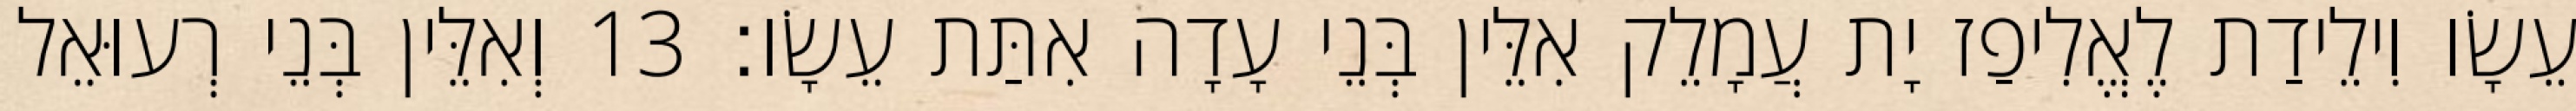
עֵשָׂו וִילֵידַת לֶאֱלִיפַז יָת עֲמָלֵק אִלֵּין בְּנֵי עָדָה אִתַּת עֵשָׂו׃ 13 וְאִלֵּין בְּנֵי רְעוּאֵל